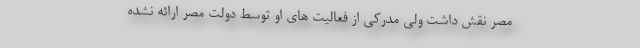
مصر نقش داشت ولی مدرکی از فعالیت های او توسط دولت مصر ارائه نشده‌